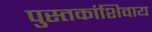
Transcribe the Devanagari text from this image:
पुस्तकांशिवाय